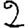
Digit: 2